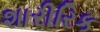
શારીરિક